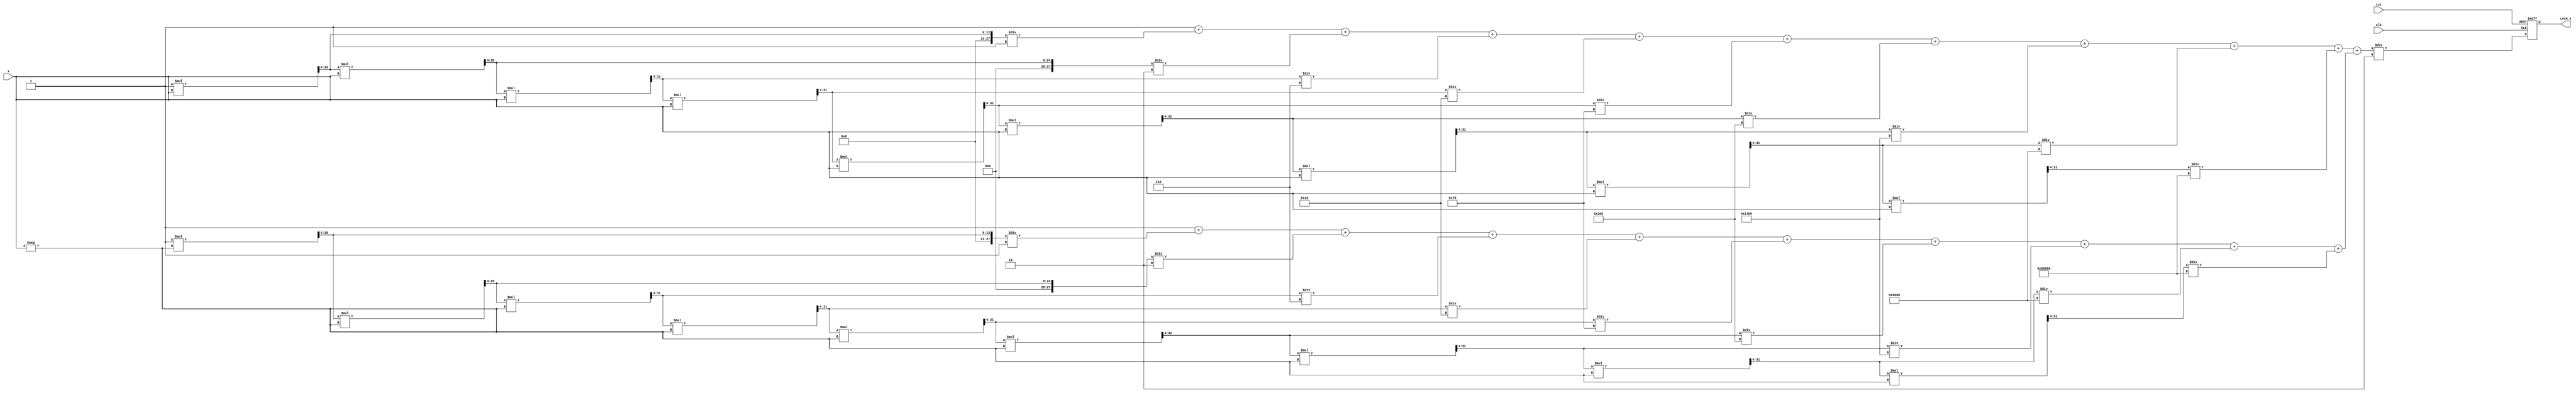
module hyperbolic_cosh (
    input wire [15:0] x,        // Input in fixed-point format (16 bits)
    output reg [31:0] cosh_x,   // Output in fixed-point format (32 bits)
    input wire clk,              // Clock signal
    input wire rst               // Reset signal
);
    
    // Fixed-point scaling factor (assume 4 fractional bits)
    parameter FIXED_POINT_FRACTIONAL_BITS = 4;
    parameter NUM_TERMS = 10;    // Number of terms in Taylor series

    reg [31:0] e_x;              // e^x
    reg [31:0] e_neg_x;          // e^(-x)
    reg [31:0] sum;              // e^x + e^(-x)
    reg [31:0] divisor;          // Divisor for final output

    // Function to calculate e^x using Taylor series expansion
    function [31:0] exp_taylor;
        input [15:0] x;
        integer i;
        reg [31:0] term;
        reg [31:0] result;
        begin
            result = 32'h00000001; // e^0 = 1
            term = 32'h00000001;   // First term x^0 / 0!
            for (i = 1; i < NUM_TERMS; i = i + 1) begin
                term = (term * x) >> FIXED_POINT_FRACTIONAL_BITS; // x^i / i!
                result = result + term / factorial(i);
            end
            exp_taylor = result;
        end
    endfunction

    // Function to calculate factorial
    function [31:0] factorial;
        input integer n;
        integer i;
        begin
            factorial = 32'h00000001; // 0! = 1
            for (i = 1; i <= n; i = i + 1) begin
                factorial = factorial * i;
            end
        end
    endfunction

    // Main computation logic
    always @(posedge clk or posedge rst) begin
        if (rst) begin
            cosh_x <= 32'h00000000;
        end else begin
            // Calculate e^x and e^(-x)
            e_x = exp_taylor(x);
            e_neg_x = exp_taylor(-x);
            
            // Calculate cosh(x) = (e^x + e^(-x)) / 2
            sum = e_x + e_neg_x;
            divisor = 32'h00000002; // Fixed-point representation of 2
            cosh_x = sum / divisor;  // Division by 2
        end
    end

endmodule